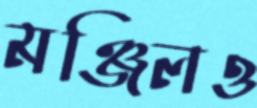
মঞ্জিলও